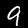
Digit: 9